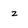
Character: z